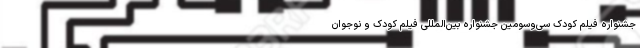
جشنواره فیلم کودک سی‌وسومین جشنواره بین‌المللی فیلم‌ کودک و نوجوان